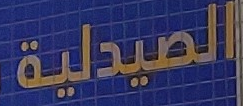
الصيدلية